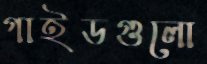
গাইডগুলো